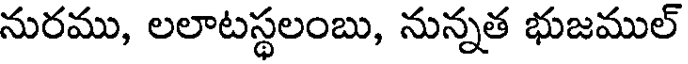
నురము, లలాటస్థలంబు, నున్నత భుజముల్